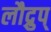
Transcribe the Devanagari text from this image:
लौद्रुप्